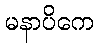
မနာပိကေ